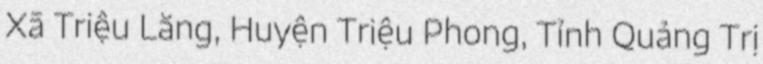
Xã Triệu Lăng, Huyện Triệu Phong, Tỉnh Quảng Trị